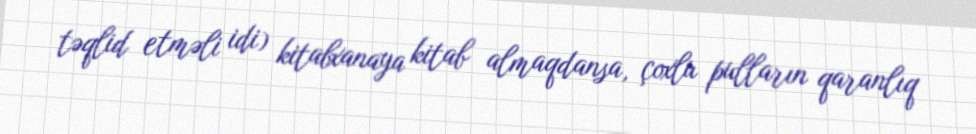
təqlid etməli idi) kitabxanaya kitab almaqdansa, çoxlu pulların qaranlıq